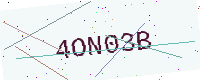
Text: 4ON03B